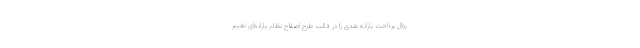
روال پرداخت یارانه نقدی را در قالب طرح اصلاح نظام یارانه‌ای تغییر